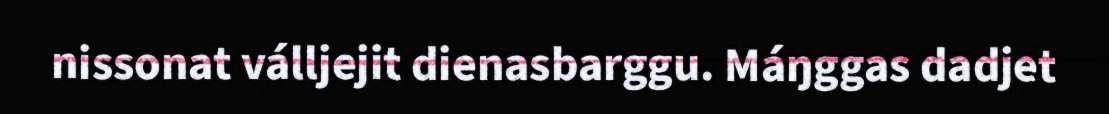
nissonat válljejit dienasbarggu. Máŋggas dadjet